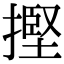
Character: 摼